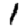
Digit: 1